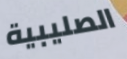
الصليبية